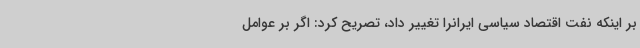
بر اینکه نفت اقتصاد سیاسی ایرانرا تغییر داد، تصریح کرد: اگر بر عوامل